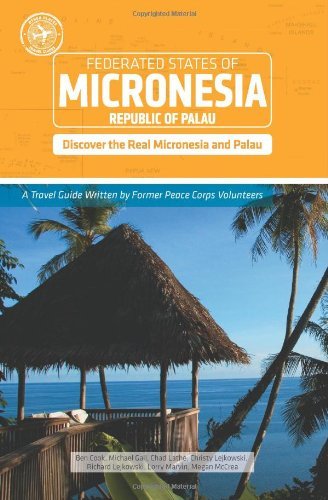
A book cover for Micronesia and Palau (Other Places Travel Guide) by Ben Cook, Lorry Marvin, Chad Lathe, Megan McCrea, Christy Lejkowski, Rick Lejkowsk, Michael Gall(August 17, 2010) Paperback; Lorry Marvin, Chad Lathe, Megan McCrea, Christy Lejkowski, Rick Lejkowsk, Michael Gall Ben Cook; Travel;